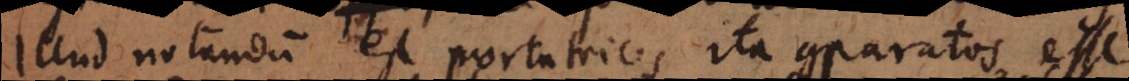
Illud notandum est portatrices ita comparatos esse